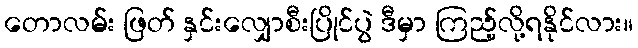
တောလမ်း ဖြတ် နှင်းလျှောစီးပြိုင်ပွဲ ဒီမှာ ကြည့်လို့ရနိုင်လား။